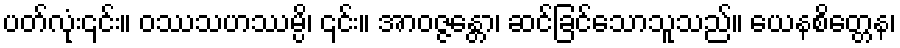
ပတ်လုံး၎င်း။ ဝဿသဟဿမ္ပိ၊ ၎င်း။ အာဝဇ္ဇန္တော၊ ဆင်ခြင်သောသူသည်။ ယေနစိတ္တေန၊